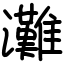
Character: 灘